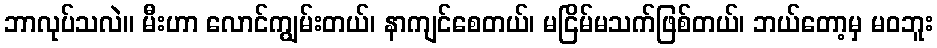
ဘာလုပ်သလဲ။ မီးဟာ လောင်ကျွမ်းတယ်၊ နာကျင်စေတယ်၊ မငြိမ်မသက်ဖြစ်တယ်၊ ဘယ်တော့မှ မဝဘူး